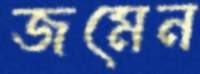
জমেন